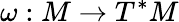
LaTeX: \omega:M\to T^{*}M